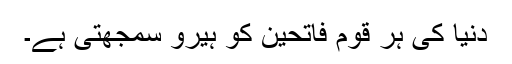
دنیا کی ہر قوم فاتحین کو ہیرو سمجھتی ہے۔